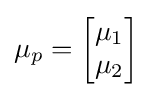
\mu _{p}={\begin{bmatrix}\mu _{1}\\\mu _{2}\end{bmatrix}}